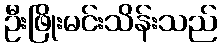
ဦးဖြိုးမင်းသိန်းသည်